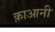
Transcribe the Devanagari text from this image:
क़ाआनी